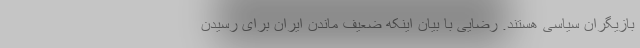
بازیگران سیاسی هستند. رضایی با بیان اینکه ضعیف ماندن ایران برای رسیدن